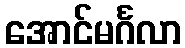
အောင်မင်္ဂလာ